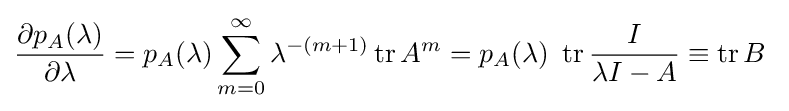
{\frac {\partial p_{A}(\lambda )}{\partial \lambda }}=p_{A}(\lambda )\sum _{m=0}^{\infty }\lambda ^{-(m+1)}\operatorname {tr} A^{m}=p_{A}(\lambda )~\operatorname {tr} {\frac {I}{\lambda I-A}}\equiv \operatorname {tr} B~